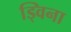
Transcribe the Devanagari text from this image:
ड्विना